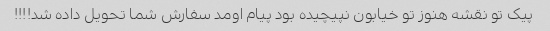
پیک تو نقشه هنوز تو خیابون نپیچیده بود پیام اومد سفارش شما تحویل داده شد!!!!